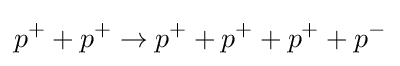
p^{+}+p^{+}\to p^{+}+p^{+}+p^{+}+p^{-}